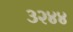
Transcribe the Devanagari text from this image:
३२४४